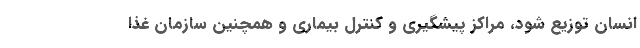
انسان توزیع شود، مراکز پیشگیری و کنترل بیماری و همچنین سازمان غذا